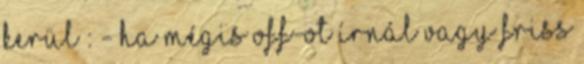
kerül : - ha mégis OFF-ot írnál vagy friss